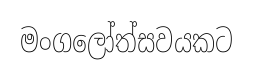
මංගලෝත්සවයකට